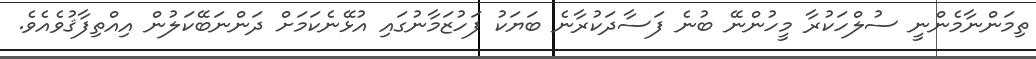
ތިމަންނާމެންނީ ސުލްހަކުރާ މީހުންނޭ ބުނެ ފަސާދަކުރާނެ ބަޔަކު ފަހުޒަމާނުގައި އުޅޭނެކަމަށް ދަންނަބޭކަލުން އިއްތިފާޤުވެއެވެ.